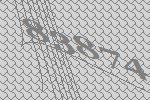
83874